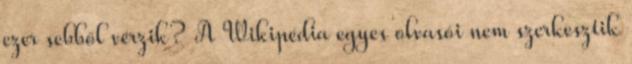
ezer sebből vérzik? A Wikipédia egyes olvasói nem szerkesztik